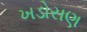
ખડોસણ